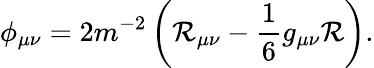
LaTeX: \phi_{\mu\nu}=2m^{-2}\left(\mathcal{R}_{\mu\nu}-\frac{1}{6}g_{\mu\nu}\mathcal{R}\right).